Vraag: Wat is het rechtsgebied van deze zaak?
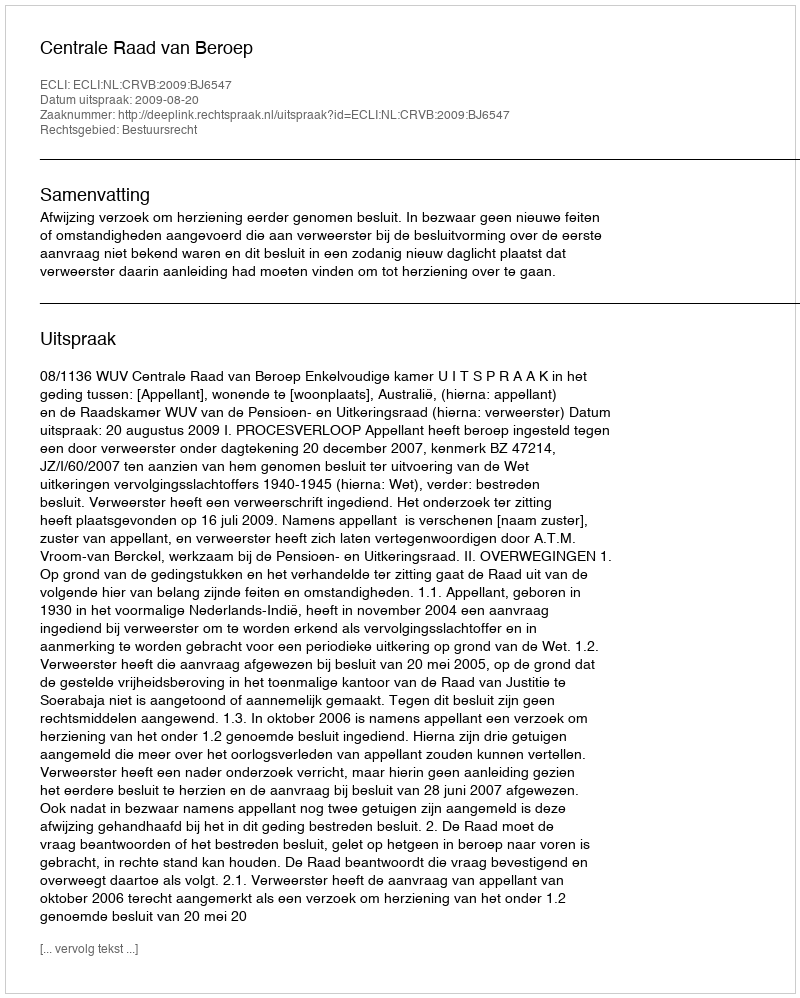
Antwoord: Bestuursrecht